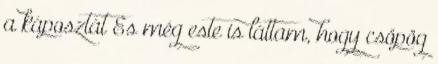
a káposztát És még este is láttam, hogy csöpög